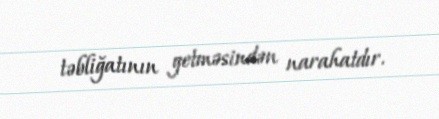
təbliğatının getməsindən narahatdır.